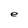
Character: e